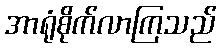
အာရုံစိုက်လာကြသည်